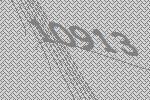
10913